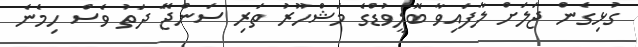
ގުޅިގެން ޖަލަށް ލާފައިވާ ބޮލީވުޑްގެ މަޝްހޫރު ތަރި ސަންޖޭ ދަތު ވެސް ހިމެނެ